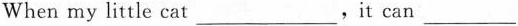
When my little cat___，it can___